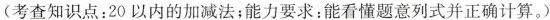
(考查知识点：20以内的加减法；能力要求：能看懂题意列式并正确计算。)